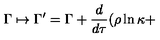
\Gamma \mapsto \Gamma ^ { \prime } = \Gamma + \frac { d } { d \tau } ( \rho \ln \kappa +